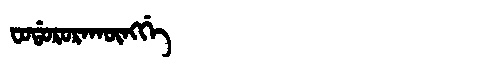
Manchu: ᠸᠣᡩᠣᡵᠣᡵᠠᡴᡡᠩᡤᡝ
Romanization: FODORORAKŪNGGE